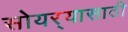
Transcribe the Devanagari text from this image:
सोयर्‍यासाठी